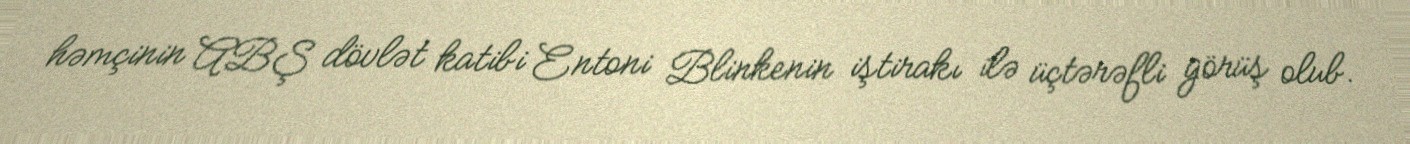
həmçinin ABŞ dövlət katibi Entoni Blinkenin iştirakı ilə üçtərəfli görüş olub.